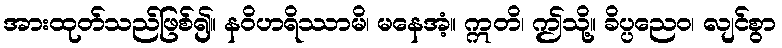
အားထုတ်သည်ဖြစ်၍။ နဝိဟရိဿာမိ၊ မနေအံ့။ ဣတိ၊ ဤသို့။ ခိပ္ပညေဝ၊ လျင်စွာ